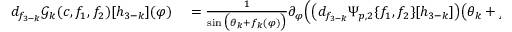
\begin{array} { r l } { d _ { f _ { 3 - k } } \mathscr { G } _ { k } ( c , f _ { 1 } , f _ { 2 } ) [ h _ { 3 - k } ] ( \varphi ) } & { { } = \frac { 1 } { \sin \big ( \theta _ { k } + f _ { k } ( \varphi ) \big ) } \partial _ { \varphi } \Big ( \big ( d _ { f _ { 3 - k } } \Psi _ { p , 2 } \{ f _ { 1 } , f _ { 2 } \} [ h _ { 3 - k } ] \big ) \big ( \theta _ { k } + f _ { k } ( \varphi ) , \varphi \big ) \Big ) . } \end{array}